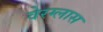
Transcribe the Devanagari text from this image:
वेरग्लास